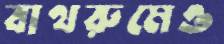
বাথরুমেও